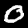
Digit: 0